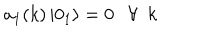
a _ { 1 } ( k ) \left| 0 _ { 1 } \right> = 0 \ \ \ \forall \ \ k